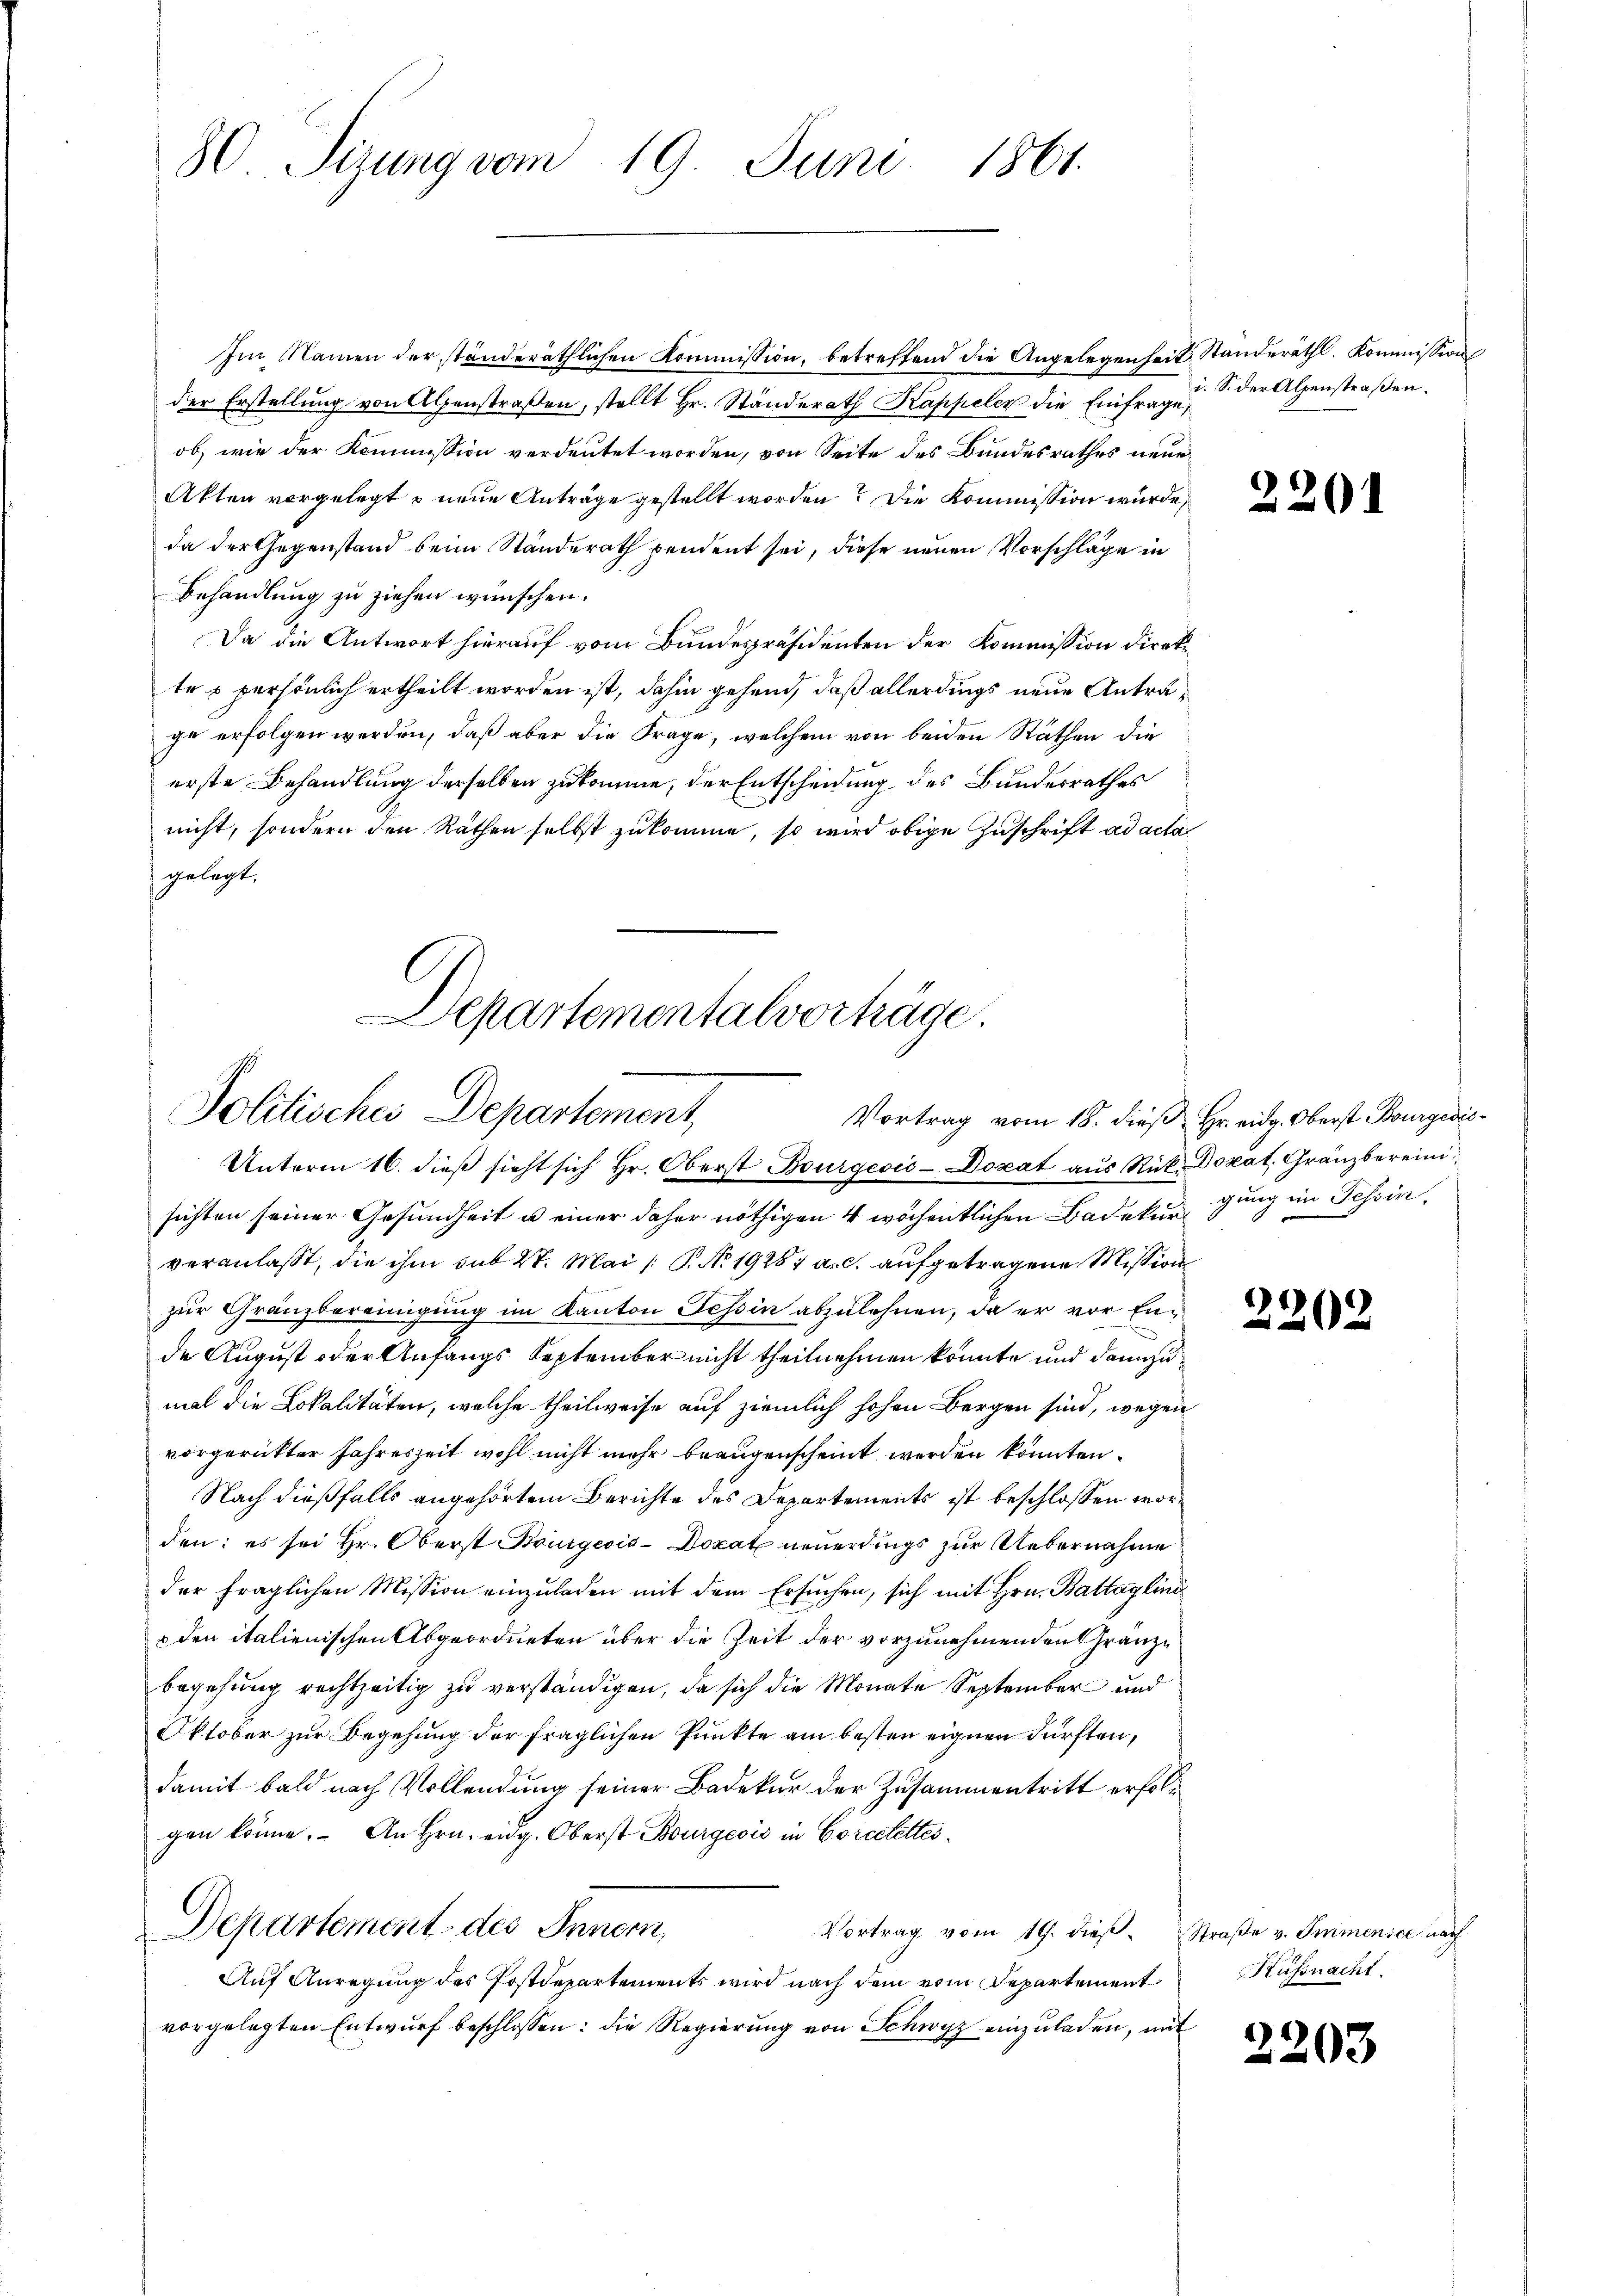
Im Namen der ständeräthlichen Kommission, betreffend die Angelegenheit Standeräthl. Kommission
der Erstellung von Alpenstraßen, stellt Hr. Ständerath Kappeler die Einfrage,
ob, wie der Kommission verdeutet worden, von Seite des Bundesrathes neue
Akten vorgelegt o neue Anträge gestellt worden? Die Kommission wurde,
da der Gegenstand beim Standerath pendent sei, diese neuen Vorschläge in
Behandlung zu ziehen wünschen.
Da die Antwort hierauf vom Bundespräsidenten der Kommission direkte o persönlich ertheilt worden ist, dahin gehend, daß allerdings neue Anträge erfolgen werden, daß aber die Frage, welchem von beiden Räthen die
erste Behandlung derselben zukomme, der Entscheidung des Bundesrathes
nicht, sondern den Räthen selbst zukomme, so wird obige Zuschrift ad acta
gelegt.

80. Sizung vom 19. Juni 1861.

Departementalverhäge.
Politisches Departement

Unterm 16. dieß sieht sich Hr. Oberst Burgeois-Dozat aus Rück Doxat. Gränzbereini
sichten seiner Gesundheit u einer daher nöthigen 4 wöchentlichen Badekurgung im Tessin,
veranlasst, die ihm sub 27. Mai (T. No. 19281 a. c. aufgetragene Mission
zur Gränzbereinigung im Kanton Tessin abzulehnen, da er vor Ende August oder Anfangs September nicht theilnehmen könnte und dannzumal die Lokalitäten, welche theilweise auf ziemlich hohen Bergen sind, wegen
vorgerütter Jahreszeit wohl nicht mehr beaugenscheint werden könnten.
Nach dießfalls angehörtem Berichte des Departements ist beschlossen worden: es sei Hr. Oberst Bourgecis-Dokat neuerdings zur Uebernahme
der fraglichen Mission einzuladen mit dem Ersuchen, sich mit Hrn. Battag lini
 den italienischen Abgeordneten über die Zeit der vorzunehmenden Granze
begehung rechtzeitig zu verständigen, da sich die Monate September und
Oktober zur Begehung der fraglichen Punkte am besten eignen dürften,
damit bald nach Vollendung seiner Bedekur der Zusammentritt erfolgen könne. An Hrn. eidg. Oberst Bourgević in Corccettes¬
Departement des Innern,
Vortrag vom 19. dieβ. Straβe v. Immensee nach
Auf Anregung des Postdepartements wird nach dem vom Departement
vorgelegten Entwurf beschlossen: die Regierung von Schwyz einzuladen, mit

i. S. der Alpenstraßen.

220

Vortrag vom 18. dieß Hr. eidg. Oberst Bourgeris¬

2202

Küssnacht.

2203